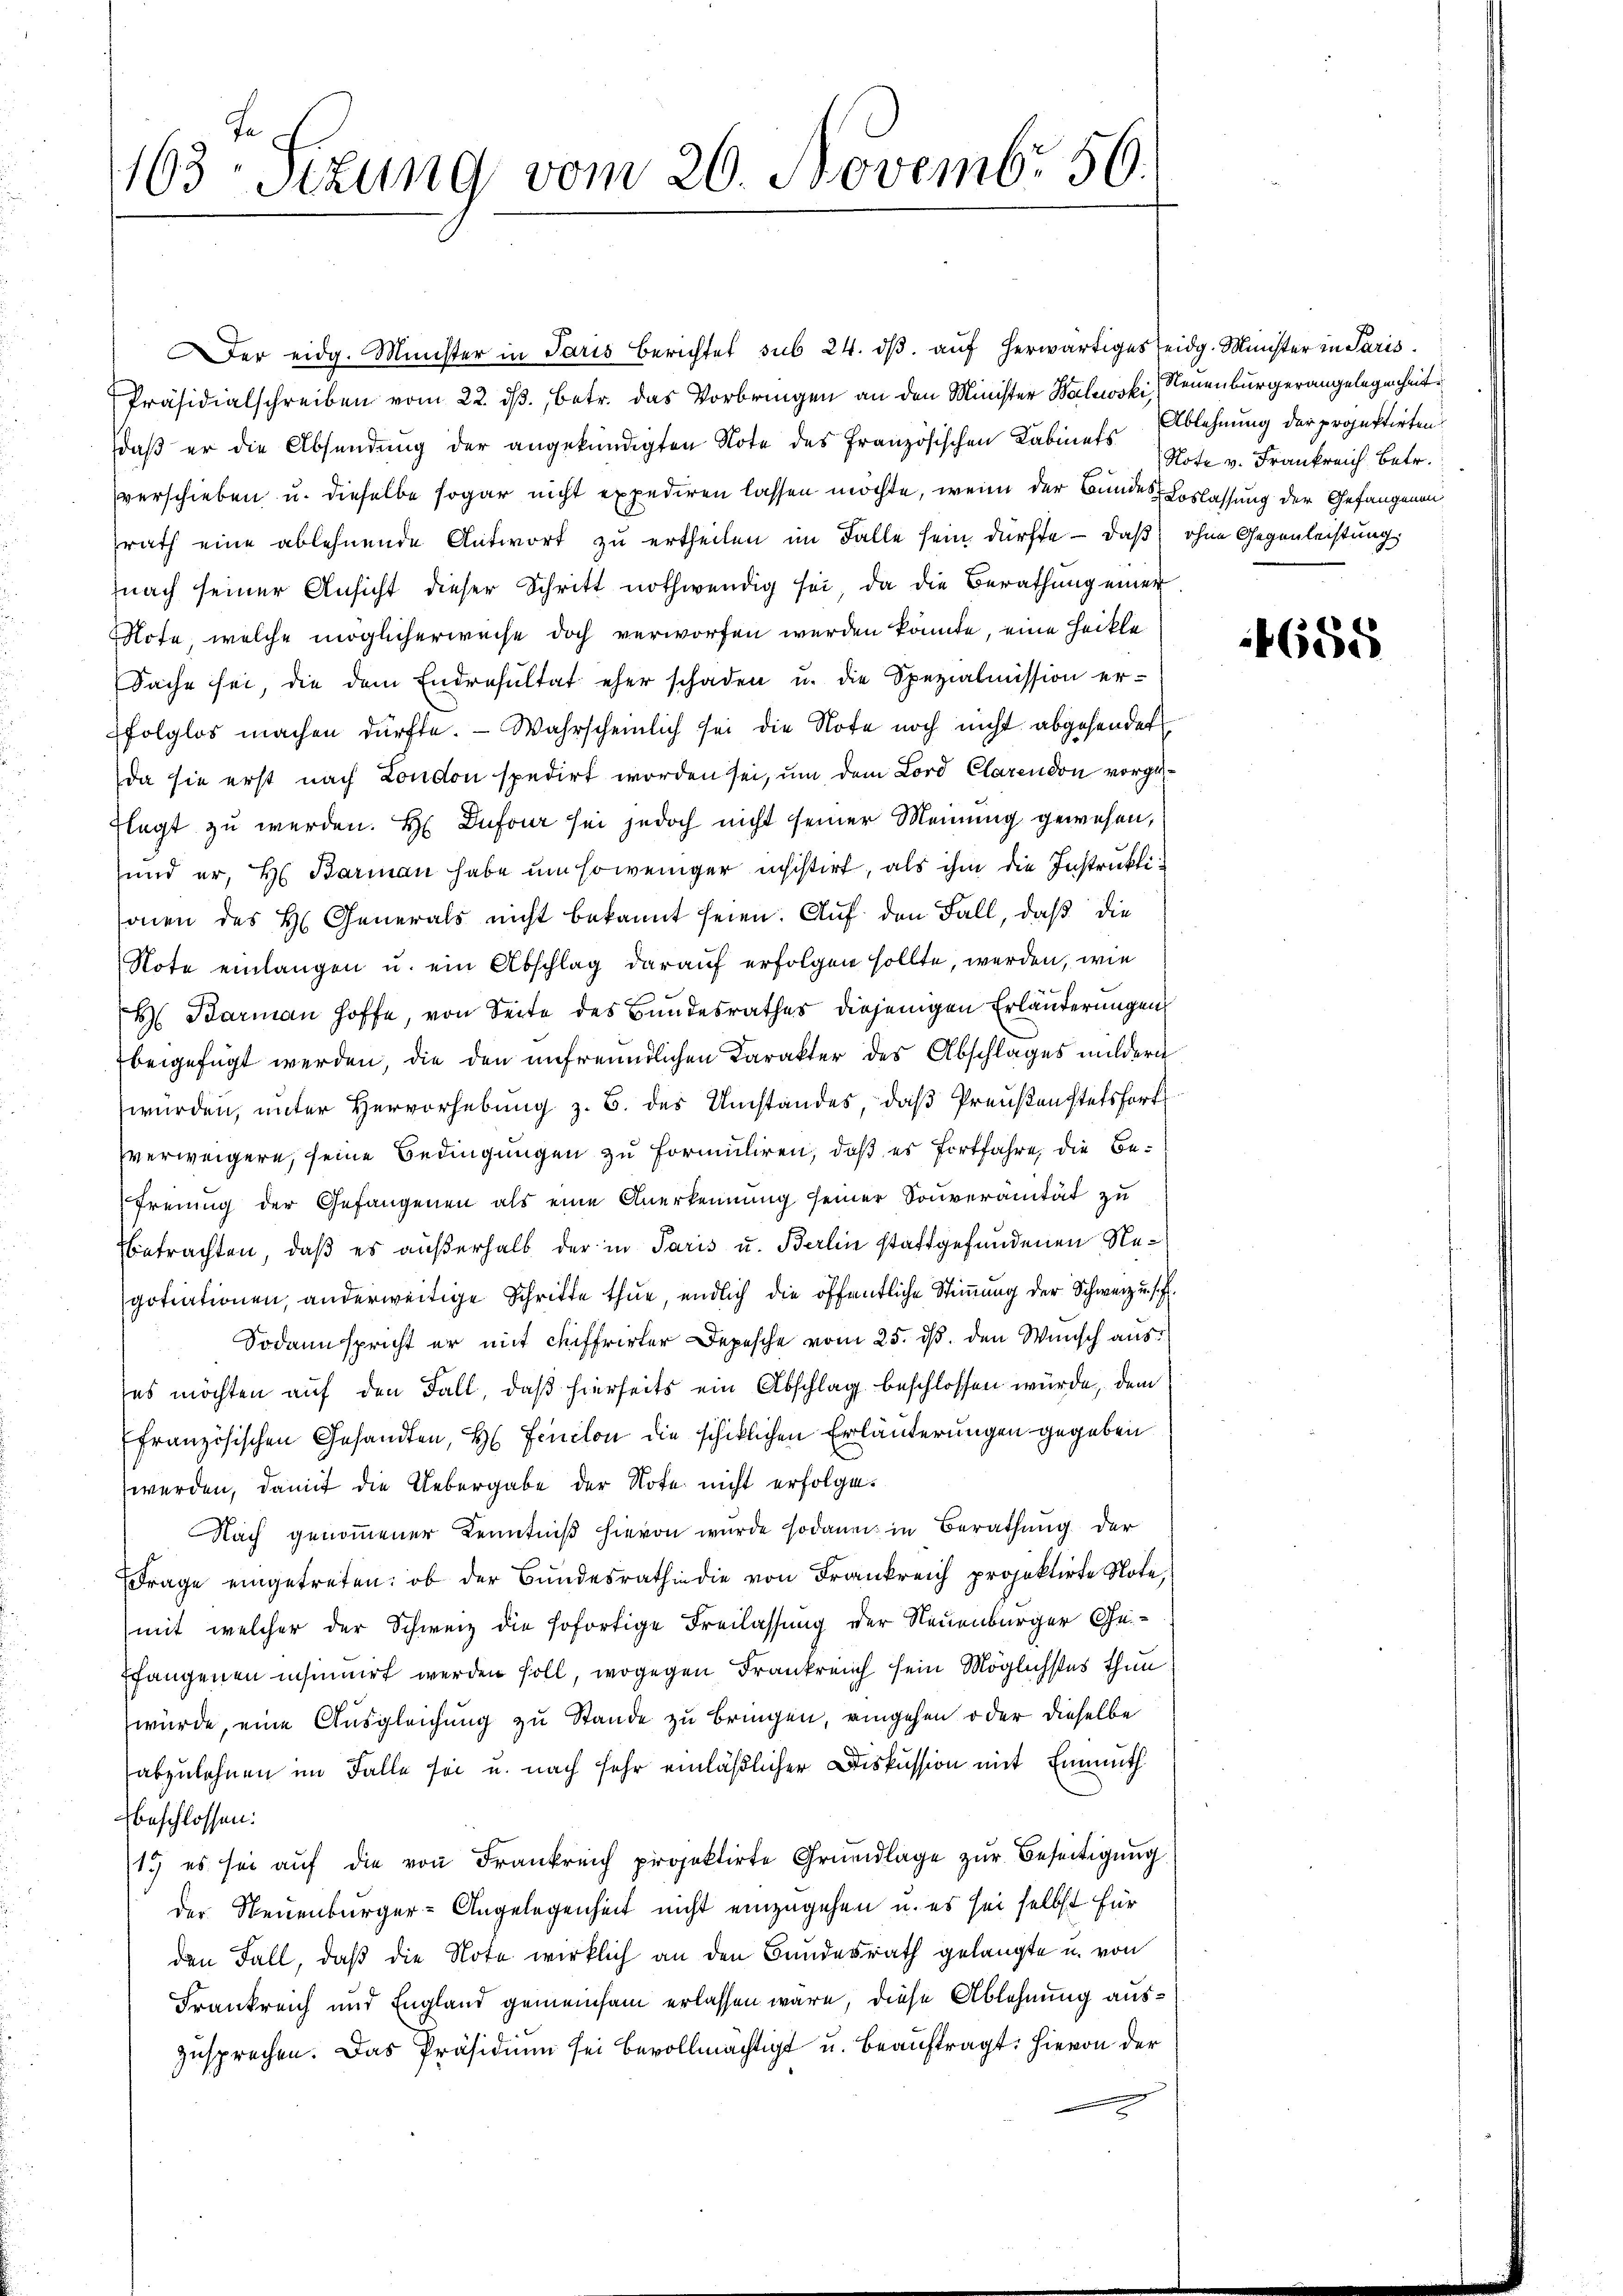
163 Sizung vom 26. Novembr 50.

er eidg. Minister in Paris Berichtet sub 24. dβ aŭf herwärtiges eidg. Minister in Paris
Präsidialschreiben vom 22. ds., betr. das Vorbringen an den Minister Walewski, Neuenburgerangelegenheit
daß er die Absendung der angekündigten Note des französischen Kabinets Ablehnung der projektirten
verschieben u. dieselbe sogar nicht expediren lassen möchte, wenn der Bundes Loslassung der Gefangenen
rath eine ablehnende Antwort zu ertheilen im Falle sein dürfte – daß ohne Gegenleistung
nach seiner Ansicht dieser Schritt nothwendig sei, da die Berathung einer
Note, welche möglicherweise doch verworfen werden könnte, eine heikle
Sache sei, die dem Endresultat eher schaden u. die Spezialmission erfolglos machen dürfte. - Wahrscheinlich sei die Note noch nicht abgehendet
da sie erst nach London spedirt worden sei, um dem Lord Clarendon vorgeflegt zu werden. H Dufour sei jedoch nicht seiner Meinung gewesen,
und er, H. Barman habe um soweniger unsistirt, als ihm die Instruktisonen des H. Generals nicht bekannt seien. Auf den Fall, daß die
Note einlangen u. ein Abschlag darauf erfolgen sollte, werden, wie
H Barman hoffe, von Seite des Bundesrathes diejenigen Erläuterungen
beigefügt werden, die den unfreundlichen Karakter des Abschlages mildern
würden, unter Hervorhebung z. B. des Umstandes, daß Preußenstetsfort
verweigere, seine Bedingungen zu formuliren, daß es fortfahre, die Befreiung der Gefangenen als eine Anerkennung seiner Souveranität zu
betrachten, daß es außerhalb der in Paris u. Berlin stattgefundenen Regotiationen, anderweitige Schritte thue, endlich die öffentliche Stimmung der Schweiz u. s. f.
Sodann spricht er mit Auffrirter Depesche vom 25. ds. den Wunsch aus
es möchten auf den Fall, daß hierseits ein Abschlag beschlossen würde, dem
französischen Gesandten, H. Fenclon die schiklichen Erläuterungen gegeben
werden, damit die Uebergabe der Note nicht erfolge.
Nach genommener Kenntniß hievon wurde sodann in Berathung der
Frage eingetreten: ob der Bundesrath in die von Frankreich projektirte Note,
mit welcher der Schweiz die sofortige Freilassung der Neuenburger Ge¬
Efangenen insinuirt werden soll, wogegen Frankreich sein Möglichstes thun
würde, eine Ausgleichung zu Stande zu bringen, eingehen oder dieselbe
abzulehnen im Falle sei u. nach sehr einläßlicher Diskussion mit Einmuth
beschlossen:
1. es sei aŭf die von Frankreich projektirte Grŭndlage zŭr Beseitigŭng
der Neuenburger-Angelegenheit nicht einzugehen u. es sei selbst für
den Fall, daß die Note wirklich an den Bundesrath gelangte u. von
Frankreich und England gemeinsam erlassen wäre, diese Ablehnung auszusprechen. Das Präsidium sei bevollmächtigt u. beauftragt: hievon der

Note v. Frankreich Betr.

4658